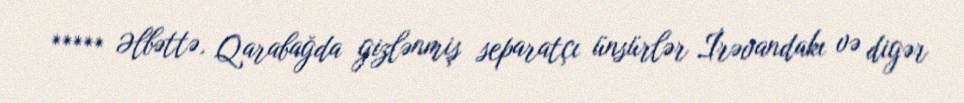
***** Əlbəttə, Qarabağda gizlənmiş separatçı ünsürlər İrəvandakı və digər